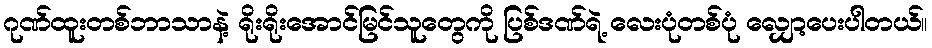
ဂုဏ်ထူးတစ်ဘာသာနဲ့ ရိုးရိုးအောင်မြင်သူတွေကို ပြစ်ဒဏ်ရဲ့ လေးပုံတစ်ပုံ လျှော့ပေးပါတယ်။